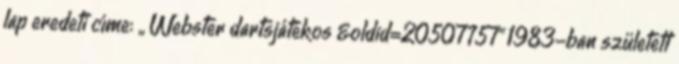
lap eredeti címe: „ Webster dartsjátékos &oldid=20507757” 1983-ban született